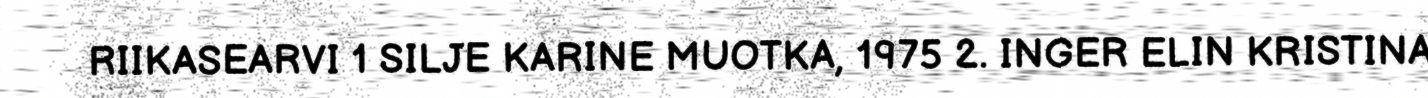
RIIKASEARVI 1 SILJE KARINE MUOTKA, 1975 2. INGER ELIN KRISTINA